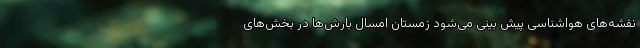
نقشه‌های هواشناسی پیش بینی می‌شود زمستان امسال بارش‌ها در بخش‌های